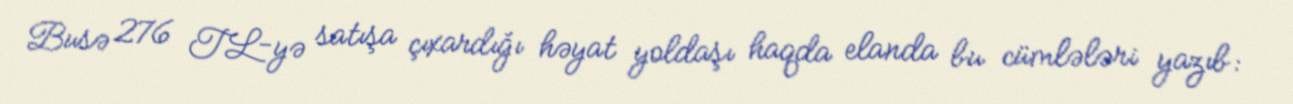
Busə 276 TL-yə satışa çıxardığı həyat yoldaşı haqda elanda bu cümlələri yazıb: